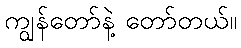
ကျွန်တော်နဲ့ တော်တယ်။